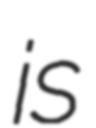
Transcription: is